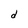
Character: C